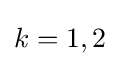
k=1,2